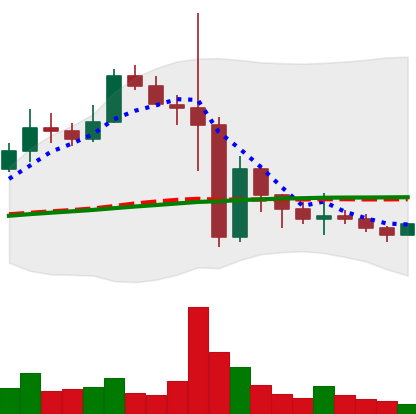
Ticker: BNB-USD
Chart end date: 2022-11-18
Forward return: 8.735%
Label: up_7plus